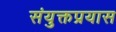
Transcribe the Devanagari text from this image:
संयुक्तप्रयास